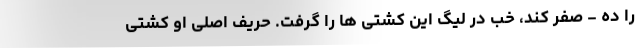
را ده - صفر کند، خب در لیگ این کشتی ها را گرفت. حریف اصلی او کشتی